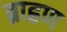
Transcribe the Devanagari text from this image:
ब्राह्रण